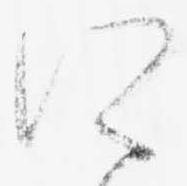
所